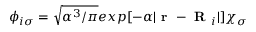
\phi _ { i \sigma } = \sqrt { \alpha ^ { 3 } / \pi } e x p [ - \alpha | \textbf { r } - \textbf { R } _ { i } | ] \chi _ { \sigma }